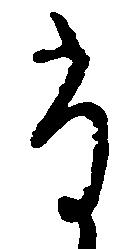
尚